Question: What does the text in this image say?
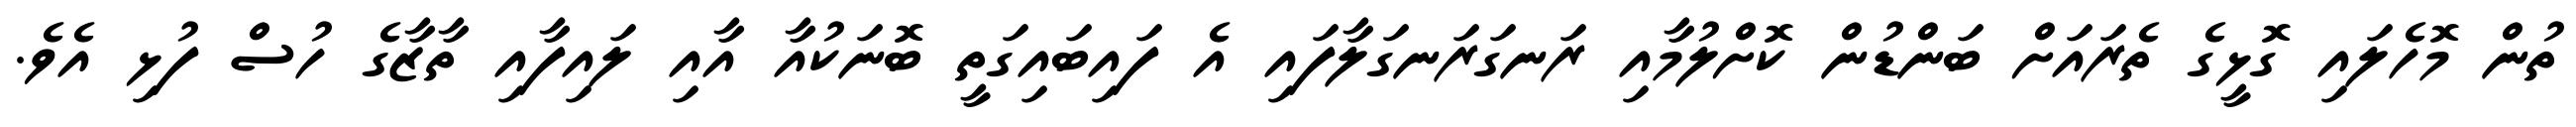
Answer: ތުން މޮހެލައި ގޮޅީގެ ތެރައަށް ބަންޑުން ކޮށްލުމާއި ރަނގަރަނގަލާފައި އެ ފައިބައިގަތީ ބޮނަކުއާ އާއި ލައިފާއި ތާޒާގެ ހުސް ފުޅި އެވެ.